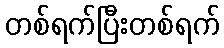
တစ်ရက်ပြီးတစ်ရက်